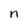
Character: n